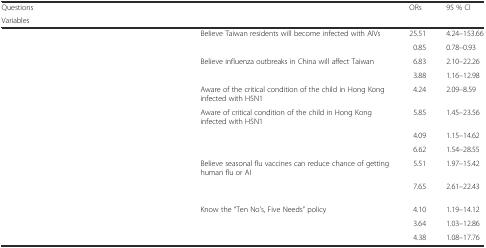
<table><thead><tr><td colspan="2"><b>Questions</b></td><td rowspan="2"><b>ORs</b></td><td rowspan="2"><b>95 % CI</b></td></tr><tr><td colspan="2"><b>Variables</b></td></tr></thead><tbody><tr><td rowspan="2">[EMPTY_CELL]</td><td>Believe Taiwan residents will become infected with AIVs</td><td>25.51</td><td>4.24–153.66</td></tr><tr><td>[EMPTY_CELL]</td><td>0.85</td><td>0.78–0.93</td></tr><tr><td rowspan="2">[EMPTY_CELL]</td><td>Believe influenza outbreaks in China will affect Taiwan</td><td>6.83</td><td>2.10–22.26</td></tr><tr><td>[EMPTY_CELL]</td><td>3.88</td><td>1.16–12.98</td></tr><tr><td>[EMPTY_CELL]</td><td>Aware of the critical condition of the child in Hong Kong infected with H5N1</td><td>4.24</td><td>2.09–8.59</td></tr><tr><td rowspan="3">[EMPTY_CELL]</td><td>Aware of critical condition of the child in Hong Kong infected with H5N1</td><td>5.85</td><td>1.45–23.56</td></tr><tr><td>[EMPTY_CELL]</td><td>4.09</td><td>1.15–14.62</td></tr><tr><td>[EMPTY_CELL]</td><td>6.62</td><td>1.54–28.55</td></tr><tr><td rowspan="2">[EMPTY_CELL]</td><td>Believe seasonal flu vaccines can reduce chance of getting human flu or AI</td><td>5.51</td><td>1.97–15.42</td></tr><tr><td>[EMPTY_CELL]</td><td>7.65</td><td>2.61–22.43</td></tr><tr><td rowspan="3">[EMPTY_CELL]</td><td>Know the “Ten No’s, Five Needs” policy</td><td>4.10</td><td>1.19–14.12</td></tr><tr><td>[EMPTY_CELL]</td><td>3.64</td><td>1.03–12.86</td></tr><tr><td>[EMPTY_CELL]</td><td>4.38</td><td>1.08–17.76</td></tr></tbody></table>